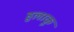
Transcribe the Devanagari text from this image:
हुलाकू